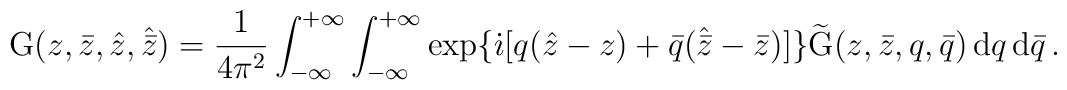
\mbox{G}(z,\bar{z},\hat{z},\hat{\bar{z}})=\frac{1}{4\pi^2}\int_{-\infty}^{+\infty}\int_{-\infty}^{+\infty}\exp\{\dot{\imath}[q(\hat{z}-z)+\bar{q}(\hat{\bar{z}}-\bar{z})]\}\widetilde{\mbox{G}}(z,\bar{z},q,\bar{q})\,\mbox{d}q\,\mbox{d}\bar{q}\,.